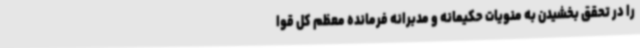
را در تحقق بخشیدن به منویات حکیمانه و مدبرانه فرمانده معظم کل قوا